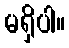
မရှိပါ။